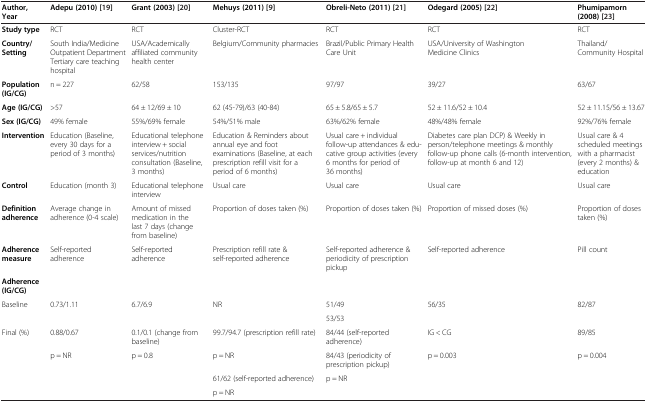
<table><thead><tr><td><b>Author, Year</b></td><td><b>Adepu (2010)[19]</b></td><td><b>Grant (2003)[20]</b></td><td><b>Mehuys (2011)[9]</b></td><td><b>Obreli-Neto (2011)[21]</b></td><td><b>Odegard (2005)[22]</b></td><td><b>Phumipamorn (2008)[23]</b></td></tr></thead><tbody><tr><td><b>Study type</b></td><td>RCT</td><td>RCT</td><td>Cluster-RCT</td><td>RCT</td><td>RCT</td><td>RCT</td></tr><tr><td><b>Country/Setting</b></td><td>South India/Medicine Outpatient Department Tertiary care teaching hospital</td><td>USA/Academically affiliated community health center</td><td>Belgium/Community pharmacies</td><td>Brazil/Public Primary Health Care Unit</td><td>USA/University of Washington Medicine Clinics</td><td>Thailand/Community Hospital</td></tr><tr><td><b>Population (IG/CG)</b></td><td>n = 227</td><td>62/58</td><td>153/135</td><td>97/97</td><td>39/27</td><td>63/67</td></tr><tr><td><b>Age (IG/CG)</b></td><td>&gt;57</td><td>64 ± 12/69 ± 10</td><td>62 (45-79)/63 (40-84)</td><td>65 ± 5.8/65 ± 5.7</td><td>52 ± 11.6/52 ± 10.4</td><td>52 ± 11.15/56 ± 13.67</td></tr><tr><td><b>Sex (IG/CG)</b></td><td>49% female</td><td>55%/69% female</td><td>54%/51% male</td><td>63%/62% female</td><td>48%/48% female</td><td>92%/76% female</td></tr><tr><td><b>Intervention</b></td><td>Education (Baseline, every 30 days for a period of 3 months)</td><td>Educational telephone interview + social services/nutrition consultation (Baseline, 3 months)</td><td>Education &amp; Reminders about annual eye and foot examinations (Baseline, at each prescription refill visit for a period of 6 months)</td><td>Usual care + individual follow-up attendances &amp; educative group activities (every 6 months for period of 36 months)</td><td>Diabetes care plan DCP) &amp; Weekly in person/telephone meetings &amp; monthly follow-up phone calls (6-month intervention, follow-up at month 6 and 12)</td><td>Usual care &amp; 4 scheduled meetings with a pharmacist (every 2 months) &amp; education</td></tr><tr><td><b>Control</b></td><td>Education (month 3)</td><td>Educational telephone interview</td><td>Usual care</td><td>Usual care</td><td>Usual care</td><td>Usual care</td></tr><tr><td><b>Definition adherence</b></td><td>Average change in adherence (0-4 scale)</td><td>Amount of missed medication in the last 7 days (change from baseline)</td><td>Proportion of doses taken (%)</td><td>Proportion of doses taken (%)</td><td>Proportion of missed doses (%)</td><td>Proportion of doses taken (%)</td></tr><tr><td><b>Adherence measure</b></td><td>Self-reported adherence</td><td>Self-reported adherence</td><td>Prescription refill rate &amp; self-reported adherence</td><td>Self-reported adherence &amp; periodicity of prescription pickup</td><td>Self-reported adherence</td><td>Pill count</td></tr><tr><td><b>Adherence (IG/CG)</b></td><td> </td><td> </td><td> </td><td> </td><td> </td><td> </td></tr><tr><td rowspan="2">Baseline</td><td rowspan="2">0.73/1.11</td><td rowspan="2">6.7/6.9</td><td rowspan="2">NR</td><td>51/49</td><td rowspan="2">56/35</td><td rowspan="2">82/87</td></tr><tr><td>53/53</td></tr><tr><td rowspan="4">Final (%)</td><td>0.88/0.67</td><td>0.1/0.1 (change from baseline)</td><td>99.7/94.7 (prescription refill rate)</td><td>84/44 (self-reported adherence)</td><td>IG &lt; CG</td><td>89/85</td></tr><tr><td rowspan="3">p = NR</td><td rowspan="3">p = 0.8</td><td>p = NR</td><td>84/43 (periodicity of prescription pickup)</td><td rowspan="3">p = 0.003</td><td rowspan="3">p = 0.004</td></tr><tr><td>61/62 (self-reported adherence)</td><td rowspan="2">p = NR</td></tr><tr><td>p = NR</td></tr></tbody></table>